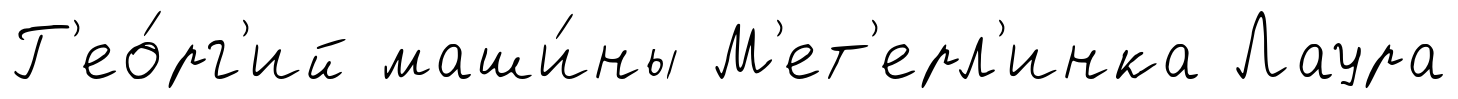
Г'ео́рг'ий маши́ны М'ет'ерл'инка Лаура